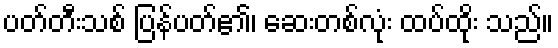
ပတ်တီးသစ် ပြန်ပတ်၏၊ ဆေးတစ်လုံး ထပ်ထိုး သည်။